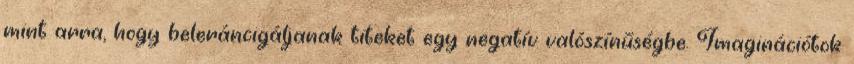
mint arra, hogy beleráncigáljanak titeket egy negatív valószínűségbe. Imaginációtok